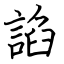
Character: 諂